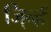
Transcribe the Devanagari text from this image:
जि्न्हें